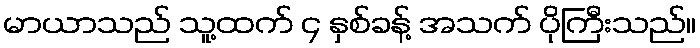
မာယာသည် သူ့ထက် ၄ နှစ်ခန့် အသက် ပိုကြီးသည်။